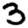
Digit: 3